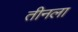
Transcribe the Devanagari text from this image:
तीनला